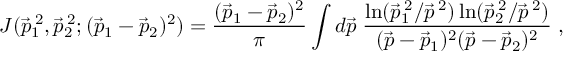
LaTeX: J ( \vec { p } _ { 1 } ^ { \: 2 } , \vec { p } _ { 2 } ^ { \: 2 } ; ( \vec { p } _ { 1 } - \vec { p } _ { 2 } ) ^ { 2 } ) = \frac { ( \vec { p } _ { 1 } - \vec { p } _ { 2 } ) ^ { 2 } } { \pi } \int d \vec { p } \; \frac { \ln ( \vec { p } _ { 1 } ^ { \: 2 } / \vec { p } ^ { \: 2 } ) \ln ( \vec { p } _ { 2 } ^ { \: 2 } / \vec { p } ^ { \: 2 } ) } { ( \vec { p } - \vec { p } _ { 1 } ) ^ { 2 } ( \vec { p } - \vec { p } _ { 2 } ) ^ { 2 } } \; ,